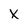
Character: x